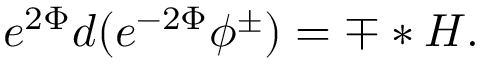
e ^ { 2 \Phi } d ( e ^ { - 2 \Phi } \phi ^ { \pm } ) = \mp * H .